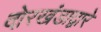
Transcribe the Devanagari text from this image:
दोरखंडाद्वारे